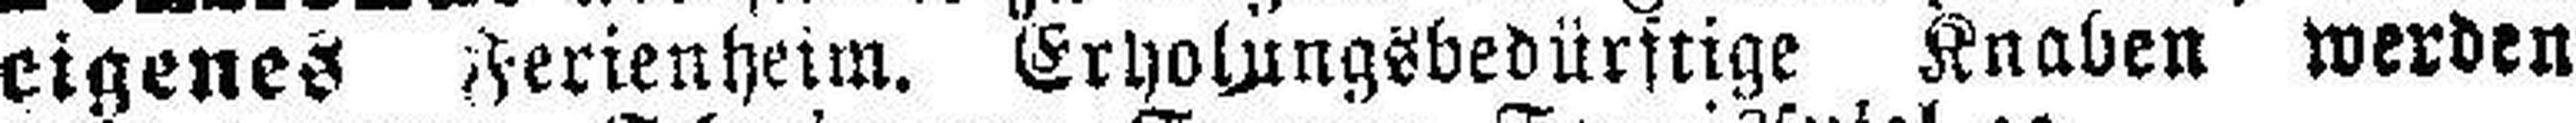
eigenes Ferienheim. Erholungsbedürftige Knaben werben